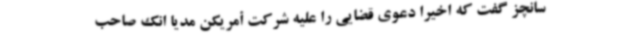
سانچز گفت که اخیراً دعوی قضایی را علیه شرکت أمریکن مدیا انک صاحب